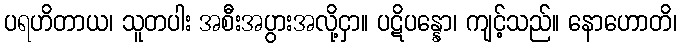
ပရဟိတာယ၊ သူတပါး အစီးအပွားအလို့ငှာ။ ပဋိပန္နော၊ ကျင့်သည်။ နောဟောတိ၊